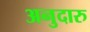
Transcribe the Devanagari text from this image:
अनुदारु